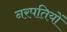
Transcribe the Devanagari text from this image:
नरपतियों